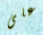
على